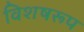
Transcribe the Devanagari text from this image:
विशषरूप